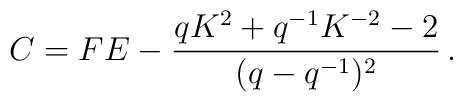
C= FE -\frac{qK^{2}+q^{-1}K^{-2}-2}{(q-q^{-1})^{2}}\, .\nonumber